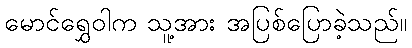
မောင်ရွှေဝါက သူ့အား အပြစ်ပြောခဲ့သည်။